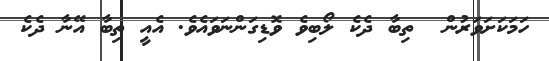
ހަމަކަށަވަރުން  ތިބާ ދެކެ ލޯބިވެ ވޮޑިގަންނަވައެވެ. އެއީ ތިބާ އޭނާ ދެކެ